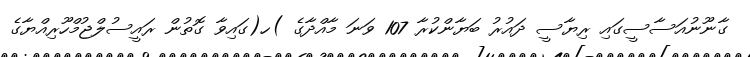
ގާނޫނުއަސާސީގައި ރިޔާސީ ދައުރު ބަޔާންކުރާ 107 ވަނަ މާއްދާގެ )ހ(ގައިވާ ގޮތުން ރައީސުލްޖުމްހޫރިއްޔާގެ